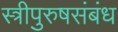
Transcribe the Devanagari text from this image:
स्त्रीपुरुषसंबंध